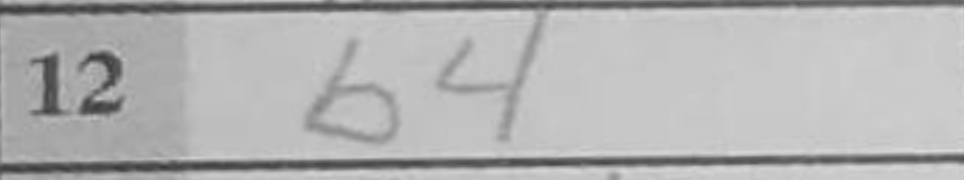
Transcription: b4